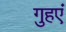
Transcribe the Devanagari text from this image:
गुहएं